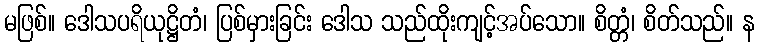
မဖြစ်။ ဒေါသပရိယုဋ္ဌိတံ၊ ပြစ်မှားခြင်း ဒေါသ သည်ထိုးကျင့်အပ်သော။ စိတ္တံ၊ စိတ်သည်။ န